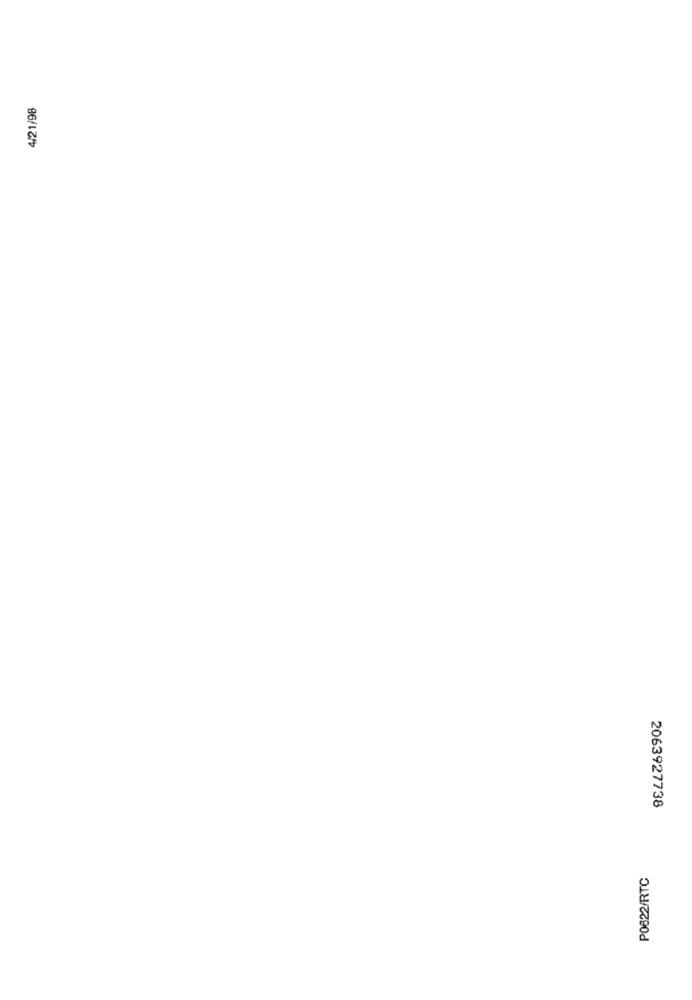
4/21/98
2063927738
P0622/RTC